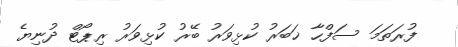
ފުރަތަމަ ސަފްހާ ޚަބަރު ކުޅިވަރު ބޭރު ކުޅިވަރު ރިޕޯޓް ދުނިޔެ